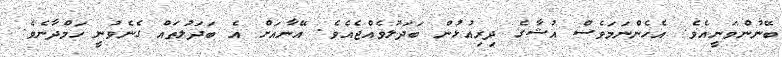
ބޭނުންވަނީއެވެ. އެހެންނަމަވެސް އުޝާގެ ދިރިއުޅުން ބަދަލުވެއްޖެއެވެ. އޭނާއަށް އެ ބަދަލުތައް ގެނެވުނީ ހަމްދާނެވެ.